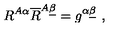
R ^ { A \alpha } \overline { R } ^ { A \underline { \beta } } = g ^ { \alpha \underline { \beta } } \ ,